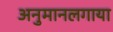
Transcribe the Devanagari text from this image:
अनुमानलगाया